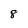
Character: 8